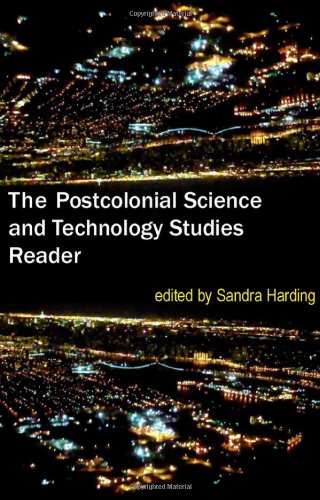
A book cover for The Postcolonial Science and Technology Studies Reader; Science & Math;